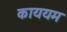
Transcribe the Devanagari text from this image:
काययम